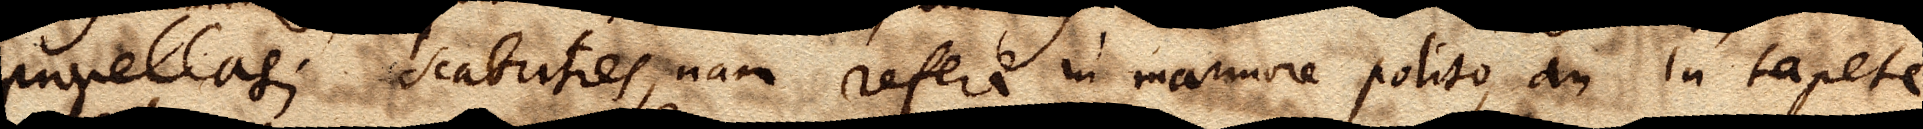
propellas; scabrities, nam refert in marmore polito, an in tapete